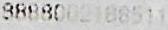
8888002188511